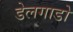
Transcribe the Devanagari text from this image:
डेलगाडो